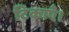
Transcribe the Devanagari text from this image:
टिकाएँ।